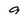
Character: 9